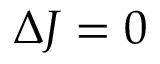
\Delta J = 0